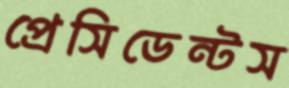
প্রেসিডেন্টস